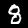
Digit: 8